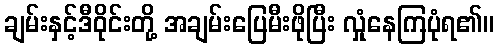
ချမ်းနှင့်ဒီဝိုင်းတို့ အချမ်းပြေမီးဖိုပြီး လှုံနေကြပုံရ၏။